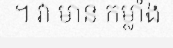
។ វា មាន កម្លាំង